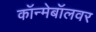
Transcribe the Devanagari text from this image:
कॉन्मेबॉलवर